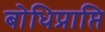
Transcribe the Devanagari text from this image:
बोधिप्राप्ति